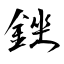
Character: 銼